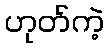
ဟုတ်ကဲ့